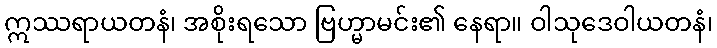
ဣဿရာယတနံ၊ အစိုးရသော ဗြဟ္မာမင်း၏ နေရာ။ ဝါသုဒေဝါယတနံ၊